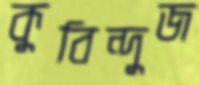
কুবিন্দুজ